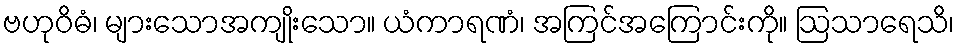
ဗဟုဝိဓံ၊ များသောအကျိုးသော။ ယံကာရဏံ၊ အကြင်အကြောင်းကို။ ဩသာရေသိ၊